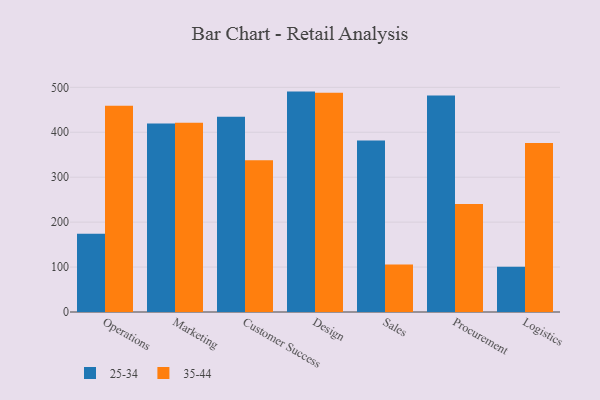
{"axis": {"x": "Department", "y": "Temperature (°C)"}, "legend": ["25-34", "35-44"], "data": [{"x": "Operations", "y": 174.2, "type": "25-34"}, {"x": "Operations", "y": 458.9, "type": "35-44"}, {"x": "Marketing", "y": 419.5, "type": "25-34"}, {"x": "Marketing", "y": 421.0, "type": "35-44"}, {"x": "Customer Success", "y": 434.7, "type": "25-34"}, {"x": "Customer Success", "y": 337.9, "type": "35-44"}, {"x": "Design", "y": 490.5, "type": "25-34"}, {"x": "Design", "y": 487.8, "type": "35-44"}, {"x": "Sales", "y": 381.4, "type": "25-34"}, {"x": "Sales", "y": 105.8, "type": "35-44"}, {"x": "Procurement", "y": 481.7, "type": "25-34"}, {"x": "Procurement", "y": 240.2, "type": "35-44"}, {"x": "Logistics", "y": 100.6, "type": "25-34"}, {"x": "Logistics", "y": 376.1, "type": "35-44"}]}